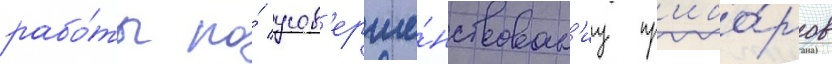
рабо́ты по́ усов'ерше́нствован'иу пр'ибо́ров